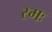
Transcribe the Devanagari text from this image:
स्मः